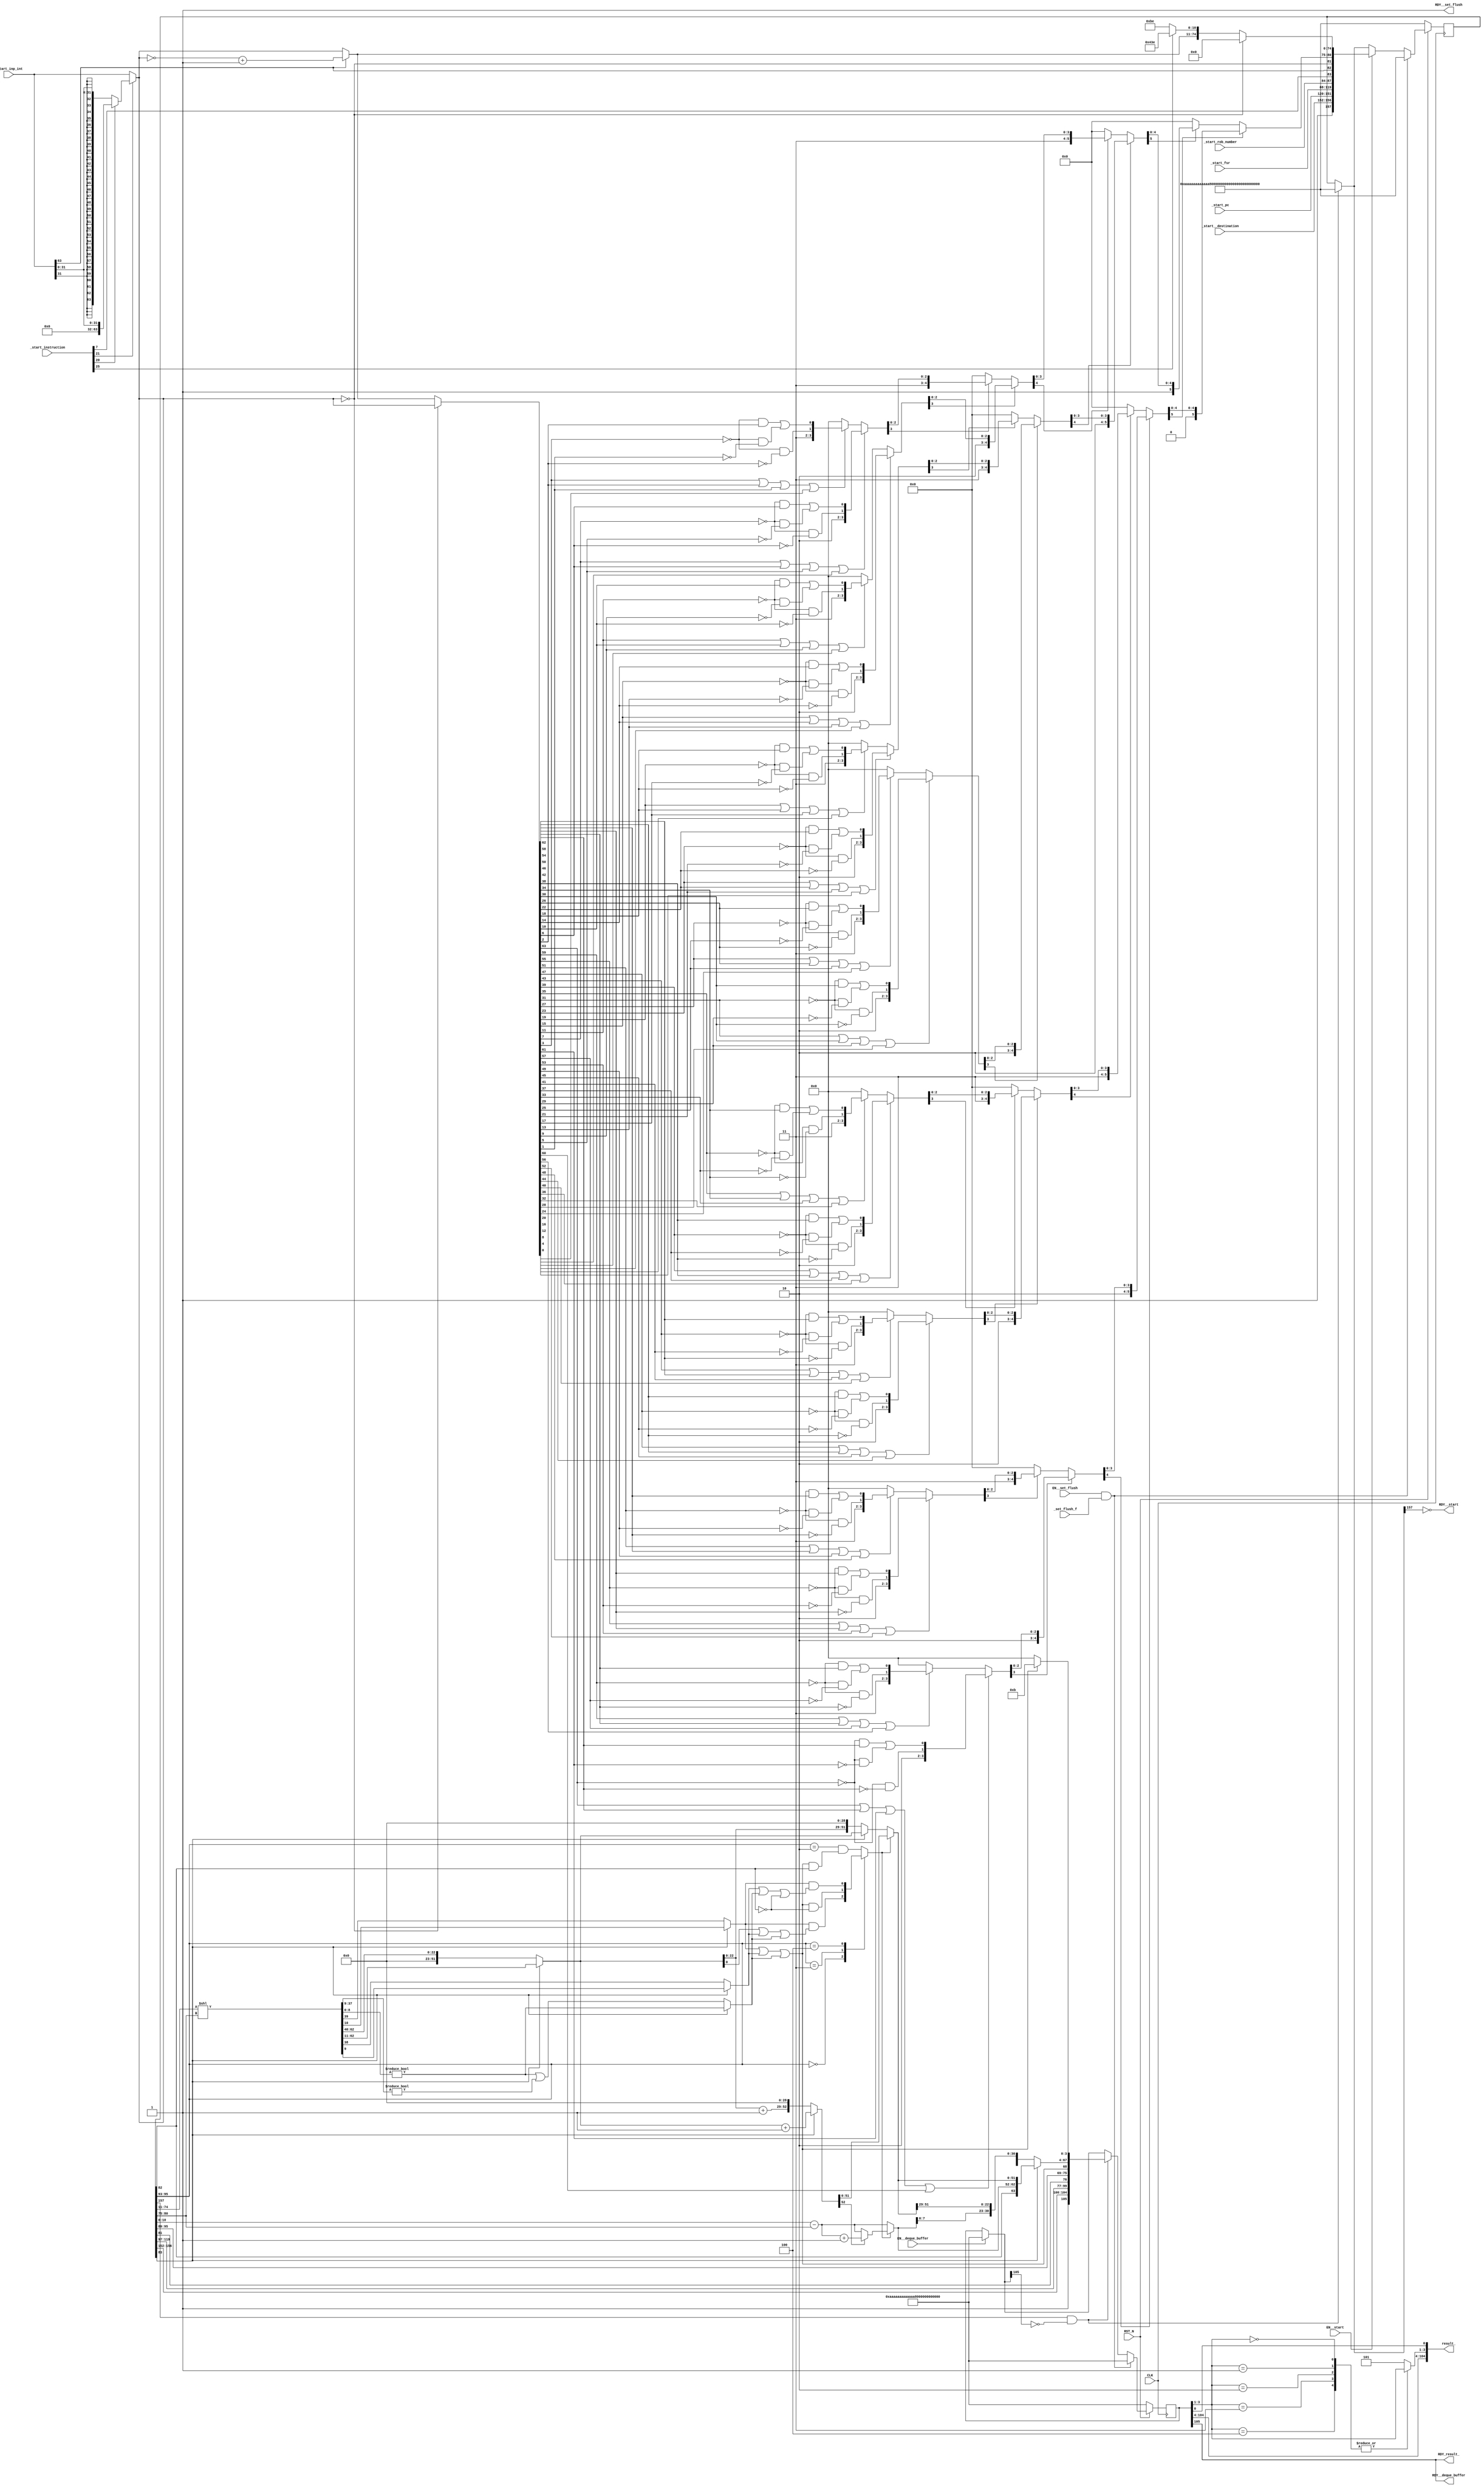
//
// Generated by Bluespec Compiler, version 2014.07.A (build 34078, 2014-07-30)
//
// On Fri Jan 22 01:17:33 IST 2016
//
//
// Ports:
// Name                         I/O  size props
// RDY__start                     O     1
// result_                        O   105
// RDY_result_                    O     1
// RDY__deque_buffer              O     1
// RDY__set_flush                 O     1 const
// CLK                            I     1 clock
// RST_N                          I     1 reset
// _start_inp_int                 I    64
// _start_instruction             I    32
// _start__destination            I     5
// _start_fsr                     I    32
// _start_rob_number              I     4
// _start_pc                      I    32
// _set_flush_f                   I     1
// EN__start                      I     1
// EN__deque_buffer               I     1
// EN__set_flush                  I     1
//
// Combinational paths from inputs to outputs:
//   EN__deque_buffer -> RDY__start
//
//

`ifdef BSV_ASSIGNMENT_DELAY
`else
  `define BSV_ASSIGNMENT_DELAY
`endif

`ifdef BSV_POSITIVE_RESET
  `define BSV_RESET_VALUE 1'b1
  `define BSV_RESET_EDGE posedge
`else
  `define BSV_RESET_VALUE 1'b0
  `define BSV_RESET_EDGE negedge
`endif

module mkfpu_int_to_fp(CLK,
		       RST_N,

		       _start_inp_int,
		       _start_instruction,
		       _start__destination,
		       _start_fsr,
		       _start_rob_number,
		       _start_pc,
		       EN__start,
		       RDY__start,

		       result_,
		       RDY_result_,

		       EN__deque_buffer,
		       RDY__deque_buffer,

		       _set_flush_f,
		       EN__set_flush,
		       RDY__set_flush);
  input  CLK;
  input  RST_N;

  // action method _start
  input  [63 : 0] _start_inp_int;
  input  [31 : 0] _start_instruction;
  input  [4 : 0] _start__destination;
  input  [31 : 0] _start_fsr;
  input  [3 : 0] _start_rob_number;
  input  [31 : 0] _start_pc;
  input  EN__start;
  output RDY__start;

  // value method result_
  output [104 : 0] result_;
  output RDY_result_;

  // action method _deque_buffer
  input  EN__deque_buffer;
  output RDY__deque_buffer;

  // action method _set_flush
  input  _set_flush_f;
  input  EN__set_flush;
  output RDY__set_flush;

  // signals for module outputs
  wire [104 : 0] result_;
  wire RDY__deque_buffer, RDY__set_flush, RDY__start, RDY_result_;

  // inlined wires
  wire [157 : 0] ff_input_stage_rv$port1__read,
		 ff_input_stage_rv$port1__write_1,
		 ff_input_stage_rv$port2__read,
		 ff_input_stage_rv$port3__read;
  wire [105 : 0] ff_final_out_rv$port1__read,
		 ff_final_out_rv$port1__write_1,
		 ff_final_out_rv$port2__read,
		 ff_final_out_rv$port3__read;
  wire ff_final_out_rv$EN_port1__write, ff_final_out_rv$EN_port2__write;

  // register ff_final_out_rv
  reg [105 : 0] ff_final_out_rv;
  wire [105 : 0] ff_final_out_rv$D_IN;
  wire ff_final_out_rv$EN;

  // register ff_input_stage_rv
  reg [157 : 0] ff_input_stage_rv;
  wire [157 : 0] ff_input_stage_rv$D_IN;
  wire ff_input_stage_rv$EN;

  // rule scheduling signals
  wire CAN_FIRE_RL_rl_flush_all_fifos,
       CAN_FIRE_RL_rl_last_rule,
       CAN_FIRE__deque_buffer,
       CAN_FIRE__set_flush,
       CAN_FIRE__start,
       WILL_FIRE_RL_rl_flush_all_fifos,
       WILL_FIRE_RL_rl_last_rule,
       WILL_FIRE__deque_buffer,
       WILL_FIRE__set_flush,
       WILL_FIRE__start;

  // remaining internal signals
  reg [2 : 0] CASE_ff_final_out_rv_BITS_3_TO_1_0_ff_final_ou_ETC__q1;
  reg IF_ff_input_stage_rv_port0__read_BITS_95_TO_93_ETC___d61;
  wire [80 : 0] IF_IF_IF_IF_IF_IF_start_instruction_BIT_21_3_T_ETC___d438;
  wire [63 : 0] IF_IF_start_instruction_BIT_21_3_THEN_IF_start_ETC___d104,
		IF_start_instruction_BIT_21_3_THEN_IF_start_in_ETC___d99,
		_theResult_____2_fst__h2384,
		ff_input_stage_rv_port0__read_BITS_74_TO_11_8__ETC___d20,
		lv_integ_num___1__h2002,
		lv_integ_num___1__h2031,
		lv_integ_num__h2387,
		lv_output_result__h1239,
		lv_output_result__h1649,
		v_final_result__h882;
  wire [52 : 0] IF_IF_ff_input_stage_rv_port0__read_BITS_95_TO_ETC___d79,
		_theResult_____3__h1524,
		lv_rounded_mantissa__h1553,
		lv_rounded_mantissa__h1582;
  wire [51 : 0] lv_mantissa__h1027, lv_mantissa__h687;
  wire [31 : 0] lv_fsr__h700, start_inp_int_BITS_31_TO_0__q2;
  wire [10 : 0] _theResult_____2_snd__h2385,
		_theResult_____3_fst__h1525,
		lv_exponent___1__h1586,
		lv_exponent__h682,
		lv_exponent__h696;
  wire [6 : 0] IF_IF_IF_IF_IF_IF_start_instruction_BIT_21_3_T_ETC__q3;
  wire [5 : 0] IF_IF_IF_IF_IF_start_instruction_BIT_21_3_THEN_ETC___d264,
	       IF_IF_IF_IF_IF_start_instruction_BIT_21_3_THEN_ETC___d427;
  wire [4 : 0] IF_IF_IF_IF_start_instruction_BIT_21_3_THEN_IF_ETC___d180,
	       IF_IF_IF_IF_start_instruction_BIT_21_3_THEN_IF_ETC___d259,
	       IF_IF_IF_IF_start_instruction_BIT_21_3_THEN_IF_ETC___d343,
	       IF_IF_IF_IF_start_instruction_BIT_21_3_THEN_IF_ETC___d422;
  wire [3 : 0] IF_IF_IF_start_instruction_BIT_21_3_THEN_IF_st_ETC___d138,
	       IF_IF_IF_start_instruction_BIT_21_3_THEN_IF_st_ETC___d175,
	       IF_IF_IF_start_instruction_BIT_21_3_THEN_IF_st_ETC___d217,
	       IF_IF_IF_start_instruction_BIT_21_3_THEN_IF_st_ETC___d254,
	       IF_IF_IF_start_instruction_BIT_21_3_THEN_IF_st_ETC___d301,
	       IF_IF_IF_start_instruction_BIT_21_3_THEN_IF_st_ETC___d338,
	       IF_IF_IF_start_instruction_BIT_21_3_THEN_IF_st_ETC___d380,
	       IF_IF_IF_start_instruction_BIT_21_3_THEN_IF_st_ETC___d417;
  wire [1 : 0] p0_l1__h2101,
	       p10_l1__h2121,
	       p11_l1__h2123,
	       p12_l1__h2125,
	       p13_l1__h2127,
	       p14_l1__h2129,
	       p15_l1__h2131,
	       p1_l1__h2103,
	       p2_l1__h2105,
	       p3_l1__h2107,
	       p4_l1__h2109,
	       p5_l1__h2111,
	       p6_l1__h2113,
	       p7_l1__h2115,
	       p8_l1__h2117,
	       p9_l1__h2119;
  wire lv_guard__h689,
       lv_inexact__h699,
       lv_round__h691,
       lv_roundup___1__h1293,
       lv_roundup___1__h1414,
       lv_roundup___1__h1457,
       lv_sticky___1__h1030,
       lv_sticky__h685,
       lv_sticky__h692,
       x__h1013,
       x__h1306,
       x__h1427,
       x__h2331,
       x__h2332,
       x__h2635,
       x__h2638,
       x__h2690,
       x__h2691,
       x__h2961,
       x__h2964,
       x__h3106,
       x__h3107,
       x__h3380,
       x__h3383,
       x__h3435,
       x__h3436,
       x__h3706,
       x__h3709,
       x__h3938,
       x__h3939,
       x__h4212,
       x__h4215,
       x__h4267,
       x__h4268,
       x__h4538,
       x__h4541,
       x__h4683,
       x__h4684,
       x__h4957,
       x__h4960,
       x__h5012,
       x__h5013,
       x__h5283,
       x__h5286,
       x__h5602,
       x__h5603,
       x__h5876,
       x__h5879,
       x__h5931,
       x__h5932,
       x__h6202,
       x__h6205,
       x__h6347,
       x__h6348,
       x__h6621,
       x__h6624,
       x__h6676,
       x__h6677,
       x__h6947,
       x__h6950,
       x__h7179,
       x__h7180,
       x__h7453,
       x__h7456,
       x__h7508,
       x__h7509,
       x__h7779,
       x__h7782,
       x__h7924,
       x__h7925,
       x__h8198,
       x__h8201,
       x__h8253,
       x__h8254,
       x__h8524,
       x__h8527,
       y__h1305,
       y__h1426,
       y__h1428,
       y__h2636,
       y__h2639,
       y__h2642,
       y__h2962,
       y__h2965,
       y__h2968,
       y__h3381,
       y__h3384,
       y__h3387,
       y__h3707,
       y__h3710,
       y__h3713,
       y__h4213,
       y__h4216,
       y__h4219,
       y__h4539,
       y__h4542,
       y__h4545,
       y__h4958,
       y__h4961,
       y__h4964,
       y__h5284,
       y__h5287,
       y__h5290,
       y__h5877,
       y__h5880,
       y__h5883,
       y__h6203,
       y__h6206,
       y__h6209,
       y__h6622,
       y__h6625,
       y__h6628,
       y__h6948,
       y__h6951,
       y__h6954,
       y__h7454,
       y__h7457,
       y__h7460,
       y__h7780,
       y__h7783,
       y__h7786,
       y__h8199,
       y__h8202,
       y__h8205,
       y__h8525,
       y__h8528,
       y__h8531;

  // action method _start
  assign RDY__start = !ff_input_stage_rv$port1__read[157] ;
  assign CAN_FIRE__start = !ff_input_stage_rv$port1__read[157] ;
  assign WILL_FIRE__start = EN__start ;

  // value method result_
  assign result_ =
	     { ff_final_out_rv[104:4],
	       CASE_ff_final_out_rv_BITS_3_TO_1_0_ff_final_ou_ETC__q1,
	       ff_final_out_rv[0] } ;
  assign RDY_result_ = ff_final_out_rv[105] ;

  // action method _deque_buffer
  assign RDY__deque_buffer = ff_final_out_rv[105] ;
  assign CAN_FIRE__deque_buffer = ff_final_out_rv[105] ;
  assign WILL_FIRE__deque_buffer = EN__deque_buffer ;

  // action method _set_flush
  assign RDY__set_flush = 1'd1 ;
  assign CAN_FIRE__set_flush = 1'd1 ;
  assign WILL_FIRE__set_flush = EN__set_flush ;

  // rule RL_rl_last_rule
  assign CAN_FIRE_RL_rl_last_rule =
	     ff_input_stage_rv[157] && !ff_final_out_rv$port1__read[105] ;
  assign WILL_FIRE_RL_rl_last_rule = CAN_FIRE_RL_rl_last_rule ;

  // rule RL_rl_flush_all_fifos
  assign CAN_FIRE_RL_rl_flush_all_fifos = EN__set_flush && _set_flush_f ;
  assign WILL_FIRE_RL_rl_flush_all_fifos = CAN_FIRE_RL_rl_flush_all_fifos ;

  // inlined wires
  assign ff_final_out_rv$port1__read =
	     EN__deque_buffer ?
	       106'h0AAAAAAAAAAAAAAAAAAAAAAAAAA :
	       ff_final_out_rv ;
  assign ff_final_out_rv$EN_port1__write =
	     ff_input_stage_rv[157] && !ff_final_out_rv$port1__read[105] ;
  assign ff_final_out_rv$port1__write_1 =
	     { 1'd1,
	       ff_input_stage_rv[156:152],
	       lv_fsr__h700,
	       v_final_result__h882,
	       lv_inexact__h699 ? 4'd11 : 4'd0 } ;
  assign ff_final_out_rv$port2__read =
	     ff_final_out_rv$EN_port1__write ?
	       ff_final_out_rv$port1__write_1 :
	       ff_final_out_rv$port1__read ;
  assign ff_final_out_rv$EN_port2__write = EN__set_flush && _set_flush_f ;
  assign ff_final_out_rv$port3__read =
	     ff_final_out_rv$EN_port2__write ?
	       106'h0AAAAAAAAAAAAAAAAAAAAAAAAAA :
	       ff_final_out_rv$port2__read ;
  assign ff_input_stage_rv$port1__read =
	     CAN_FIRE_RL_rl_last_rule ?
	       158'h0AAAAAAAAAAAAAAAAAAAAAAAAAAAAAAAAAAAAAAA :
	       ff_input_stage_rv ;
  assign ff_input_stage_rv$port1__write_1 =
	     { 1'd1,
	       _start__destination,
	       _start_pc,
	       _start_fsr,
	       _start_rob_number,
	       _start_instruction[7],
	       _start_inp_int[63],
	       IF_start_instruction_BIT_21_3_THEN_IF_start_in_ETC___d99 ==
	       64'd0,
	       IF_IF_IF_IF_IF_IF_start_instruction_BIT_21_3_T_ETC___d438 } ;
  assign ff_input_stage_rv$port2__read =
	     EN__start ?
	       ff_input_stage_rv$port1__write_1 :
	       ff_input_stage_rv$port1__read ;
  assign ff_input_stage_rv$port3__read =
	     CAN_FIRE_RL_rl_flush_all_fifos ?
	       158'h0AAAAAAAAAAAAAAAAAAAAAAAAAAAAAAAAAAAAAAA :
	       ff_input_stage_rv$port2__read ;

  // register ff_final_out_rv
  assign ff_final_out_rv$D_IN = ff_final_out_rv$port3__read ;
  assign ff_final_out_rv$EN = 1'b1 ;

  // register ff_input_stage_rv
  assign ff_input_stage_rv$D_IN = ff_input_stage_rv$port3__read ;
  assign ff_input_stage_rv$EN = 1'b1 ;

  // remaining internal signals
  assign IF_IF_IF_IF_IF_IF_start_instruction_BIT_21_3_T_ETC___d438 =
	     { IF_IF_IF_IF_IF_IF_start_instruction_BIT_21_3_T_ETC__q3[5:0],
	       (IF_start_instruction_BIT_21_3_THEN_IF_start_in_ETC___d99 ==
		64'd0) ?
		 75'd0 :
		 { _theResult_____2_fst__h2384,
		   _theResult_____2_snd__h2385 } } ;
  assign IF_IF_IF_IF_IF_IF_start_instruction_BIT_21_3_T_ETC__q3 =
	     IF_IF_IF_IF_IF_start_instruction_BIT_21_3_THEN_ETC___d264[5] ?
	       { 2'd2,
		 IF_IF_IF_IF_IF_start_instruction_BIT_21_3_THEN_ETC___d264[4:0] } :
	       (IF_IF_IF_IF_IF_start_instruction_BIT_21_3_THEN_ETC___d427[5] ?
		  { 2'd3,
		    IF_IF_IF_IF_IF_start_instruction_BIT_21_3_THEN_ETC___d427[4:0] } :
		  7'd0) ;
  assign IF_IF_IF_IF_IF_start_instruction_BIT_21_3_THEN_ETC___d264 =
	     IF_IF_IF_IF_start_instruction_BIT_21_3_THEN_IF_ETC___d180[4] ?
	       { 2'd2,
		 IF_IF_IF_IF_start_instruction_BIT_21_3_THEN_IF_ETC___d180[3:0] } :
	       (IF_IF_IF_IF_start_instruction_BIT_21_3_THEN_IF_ETC___d259[4] ?
		  { 2'd3,
		    IF_IF_IF_IF_start_instruction_BIT_21_3_THEN_IF_ETC___d259[3:0] } :
		  6'd0) ;
  assign IF_IF_IF_IF_IF_start_instruction_BIT_21_3_THEN_ETC___d427 =
	     IF_IF_IF_IF_start_instruction_BIT_21_3_THEN_IF_ETC___d343[4] ?
	       { 2'd2,
		 IF_IF_IF_IF_start_instruction_BIT_21_3_THEN_IF_ETC___d343[3:0] } :
	       (IF_IF_IF_IF_start_instruction_BIT_21_3_THEN_IF_ETC___d422[4] ?
		  { 2'd3,
		    IF_IF_IF_IF_start_instruction_BIT_21_3_THEN_IF_ETC___d422[3:0] } :
		  6'd0) ;
  assign IF_IF_IF_IF_start_instruction_BIT_21_3_THEN_IF_ETC___d180 =
	     IF_IF_IF_start_instruction_BIT_21_3_THEN_IF_st_ETC___d138[3] ?
	       { 2'd2,
		 IF_IF_IF_start_instruction_BIT_21_3_THEN_IF_st_ETC___d138[2:0] } :
	       (IF_IF_IF_start_instruction_BIT_21_3_THEN_IF_st_ETC___d175[3] ?
		  { 2'd3,
		    IF_IF_IF_start_instruction_BIT_21_3_THEN_IF_st_ETC___d175[2:0] } :
		  5'd0) ;
  assign IF_IF_IF_IF_start_instruction_BIT_21_3_THEN_IF_ETC___d259 =
	     IF_IF_IF_start_instruction_BIT_21_3_THEN_IF_st_ETC___d217[3] ?
	       { 2'd2,
		 IF_IF_IF_start_instruction_BIT_21_3_THEN_IF_st_ETC___d217[2:0] } :
	       (IF_IF_IF_start_instruction_BIT_21_3_THEN_IF_st_ETC___d254[3] ?
		  { 2'd3,
		    IF_IF_IF_start_instruction_BIT_21_3_THEN_IF_st_ETC___d254[2:0] } :
		  5'd0) ;
  assign IF_IF_IF_IF_start_instruction_BIT_21_3_THEN_IF_ETC___d343 =
	     IF_IF_IF_start_instruction_BIT_21_3_THEN_IF_st_ETC___d301[3] ?
	       { 2'd2,
		 IF_IF_IF_start_instruction_BIT_21_3_THEN_IF_st_ETC___d301[2:0] } :
	       (IF_IF_IF_start_instruction_BIT_21_3_THEN_IF_st_ETC___d338[3] ?
		  { 2'd3,
		    IF_IF_IF_start_instruction_BIT_21_3_THEN_IF_st_ETC___d338[2:0] } :
		  5'd0) ;
  assign IF_IF_IF_IF_start_instruction_BIT_21_3_THEN_IF_ETC___d422 =
	     IF_IF_IF_start_instruction_BIT_21_3_THEN_IF_st_ETC___d380[3] ?
	       { 2'd2,
		 IF_IF_IF_start_instruction_BIT_21_3_THEN_IF_st_ETC___d380[2:0] } :
	       (IF_IF_IF_start_instruction_BIT_21_3_THEN_IF_st_ETC___d417[3] ?
		  { 2'd3,
		    IF_IF_IF_start_instruction_BIT_21_3_THEN_IF_st_ETC___d417[2:0] } :
		  5'd0) ;
  assign IF_IF_IF_start_instruction_BIT_21_3_THEN_IF_st_ETC___d138 =
	     (x__h2331 |
	      IF_IF_start_instruction_BIT_21_3_THEN_IF_start_ETC___d104[60]) ?
	       { 2'd2, p0_l1__h2101 } :
	       ((x__h2690 |
		 IF_IF_start_instruction_BIT_21_3_THEN_IF_start_ETC___d104[56]) ?
		  { 2'd3, p1_l1__h2103 } :
		  4'd0) ;
  assign IF_IF_IF_start_instruction_BIT_21_3_THEN_IF_st_ETC___d175 =
	     (x__h3106 |
	      IF_IF_start_instruction_BIT_21_3_THEN_IF_start_ETC___d104[52]) ?
	       { 2'd2, p2_l1__h2105 } :
	       ((x__h3435 |
		 IF_IF_start_instruction_BIT_21_3_THEN_IF_start_ETC___d104[48]) ?
		  { 2'd3, p3_l1__h2107 } :
		  4'd0) ;
  assign IF_IF_IF_start_instruction_BIT_21_3_THEN_IF_st_ETC___d217 =
	     (x__h3938 |
	      IF_IF_start_instruction_BIT_21_3_THEN_IF_start_ETC___d104[44]) ?
	       { 2'd2, p4_l1__h2109 } :
	       ((x__h4267 |
		 IF_IF_start_instruction_BIT_21_3_THEN_IF_start_ETC___d104[40]) ?
		  { 2'd3, p5_l1__h2111 } :
		  4'd0) ;
  assign IF_IF_IF_start_instruction_BIT_21_3_THEN_IF_st_ETC___d254 =
	     (x__h4683 |
	      IF_IF_start_instruction_BIT_21_3_THEN_IF_start_ETC___d104[36]) ?
	       { 2'd2, p6_l1__h2113 } :
	       ((x__h5012 |
		 IF_IF_start_instruction_BIT_21_3_THEN_IF_start_ETC___d104[32]) ?
		  { 2'd3, p7_l1__h2115 } :
		  4'd0) ;
  assign IF_IF_IF_start_instruction_BIT_21_3_THEN_IF_st_ETC___d301 =
	     (x__h5602 |
	      IF_IF_start_instruction_BIT_21_3_THEN_IF_start_ETC___d104[28]) ?
	       { 2'd2, p8_l1__h2117 } :
	       ((x__h5931 |
		 IF_IF_start_instruction_BIT_21_3_THEN_IF_start_ETC___d104[24]) ?
		  { 2'd3, p9_l1__h2119 } :
		  4'd0) ;
  assign IF_IF_IF_start_instruction_BIT_21_3_THEN_IF_st_ETC___d338 =
	     (x__h6347 |
	      IF_IF_start_instruction_BIT_21_3_THEN_IF_start_ETC___d104[20]) ?
	       { 2'd2, p10_l1__h2121 } :
	       ((x__h6676 |
		 IF_IF_start_instruction_BIT_21_3_THEN_IF_start_ETC___d104[16]) ?
		  { 2'd3, p11_l1__h2123 } :
		  4'd0) ;
  assign IF_IF_IF_start_instruction_BIT_21_3_THEN_IF_st_ETC___d380 =
	     (x__h7179 |
	      IF_IF_start_instruction_BIT_21_3_THEN_IF_start_ETC___d104[12]) ?
	       { 2'd2, p12_l1__h2125 } :
	       ((x__h7508 |
		 IF_IF_start_instruction_BIT_21_3_THEN_IF_start_ETC___d104[8]) ?
		  { 2'd3, p13_l1__h2127 } :
		  4'd0) ;
  assign IF_IF_IF_start_instruction_BIT_21_3_THEN_IF_st_ETC___d417 =
	     (x__h7924 |
	      IF_IF_start_instruction_BIT_21_3_THEN_IF_start_ETC___d104[4]) ?
	       { 2'd2, p14_l1__h2129 } :
	       ((x__h8253 |
		 IF_IF_start_instruction_BIT_21_3_THEN_IF_start_ETC___d104[0]) ?
		  { 2'd3, p15_l1__h2131 } :
		  4'd0) ;
  assign IF_IF_ff_input_stage_rv_port0__read_BITS_95_TO_ETC___d79 =
	     IF_ff_input_stage_rv_port0__read_BITS_95_TO_93_ETC___d61 ?
	       _theResult_____3__h1524 :
	       { 1'b0,
		 ff_input_stage_rv[83] ?
		   lv_mantissa__h687 :
		   { lv_mantissa__h687[22:0], 29'd0 } } ;
  assign IF_IF_start_instruction_BIT_21_3_THEN_IF_start_ETC___d104 =
	     (IF_start_instruction_BIT_21_3_THEN_IF_start_in_ETC___d99 ==
	      64'd0) ?
	       IF_start_instruction_BIT_21_3_THEN_IF_start_in_ETC___d99 :
	       _theResult_____2_fst__h2384 ;
  assign IF_start_instruction_BIT_21_3_THEN_IF_start_in_ETC___d99 =
	     _start_instruction[21] ?
	       (_start_instruction[20] ?
		  lv_integ_num___1__h2031 :
		  lv_integ_num___1__h2002) :
	       _start_inp_int ;
  assign _theResult_____2_fst__h2384 =
	     _start_inp_int[63] ?
	       lv_integ_num__h2387 :
	       IF_start_instruction_BIT_21_3_THEN_IF_start_in_ETC___d99 ;
  assign _theResult_____2_snd__h2385 =
	     _start_instruction[25] ? 11'd1086 : 11'd190 ;
  assign _theResult_____3__h1524 =
	     ff_input_stage_rv[83] ?
	       lv_rounded_mantissa__h1582 :
	       lv_rounded_mantissa__h1553 ;
  assign _theResult_____3_fst__h1525 =
	     _theResult_____3__h1524[52] ?
	       lv_exponent___1__h1586 :
	       lv_exponent__h682 ;
  assign ff_input_stage_rv_port0__read_BITS_74_TO_11_8__ETC___d20 =
	     ff_input_stage_rv[74:11] << ff_input_stage_rv[80:75] ;
  assign lv_exponent___1__h1586 = lv_exponent__h682 + 11'd1 ;
  assign lv_exponent__h682 =
	     ff_input_stage_rv[10:0] - { 5'b0, ff_input_stage_rv[80:75] } ;
  assign lv_exponent__h696 =
	     IF_ff_input_stage_rv_port0__read_BITS_95_TO_93_ETC___d61 ?
	       _theResult_____3_fst__h1525 :
	       lv_exponent__h682 ;
  assign lv_fsr__h700 =
	     { ff_input_stage_rv[119:97],
	       ff_input_stage_rv[81],
	       ff_input_stage_rv[95:89],
	       lv_inexact__h699 } ;
  assign lv_guard__h689 =
	     ff_input_stage_rv[83] ?
	       ff_input_stage_rv_port0__read_BITS_74_TO_11_8__ETC___d20[10] :
	       ff_input_stage_rv_port0__read_BITS_74_TO_11_8__ETC___d20[39] ;
  assign lv_inexact__h699 = x__h1013 | lv_sticky__h692 ;
  assign lv_integ_num___1__h2002 =
	     { {32{start_inp_int_BITS_31_TO_0__q2[31]}},
	       start_inp_int_BITS_31_TO_0__q2 } ;
  assign lv_integ_num___1__h2031 = { 32'd0, _start_inp_int[31:0] } ;
  assign lv_integ_num__h2387 =
	     ~IF_start_instruction_BIT_21_3_THEN_IF_start_in_ETC___d99 +
	     64'd1 ;
  assign lv_mantissa__h1027 =
	     { 29'b0,
	       ff_input_stage_rv_port0__read_BITS_74_TO_11_8__ETC___d20[62:40] } ;
  assign lv_mantissa__h687 =
	     ff_input_stage_rv[83] ?
	       ff_input_stage_rv_port0__read_BITS_74_TO_11_8__ETC___d20[62:11] :
	       lv_mantissa__h1027 ;
  assign lv_output_result__h1239 =
	     { 32'd0,
	       ff_input_stage_rv[82],
	       lv_exponent__h696[7:0],
	       IF_IF_ff_input_stage_rv_port0__read_BITS_95_TO_ETC___d79[51:29] } ;
  assign lv_output_result__h1649 =
	     { ff_input_stage_rv[82],
	       lv_exponent__h696,
	       IF_IF_ff_input_stage_rv_port0__read_BITS_95_TO_ETC___d79[51:0] } ;
  assign lv_round__h691 =
	     ff_input_stage_rv[83] ?
	       ff_input_stage_rv_port0__read_BITS_74_TO_11_8__ETC___d20[9] :
	       ff_input_stage_rv_port0__read_BITS_74_TO_11_8__ETC___d20[38] ;
  assign lv_rounded_mantissa__h1553 =
	     { { 1'b0, lv_mantissa__h687[22:0] } + 24'd1, 29'd0 } ;
  assign lv_rounded_mantissa__h1582 = { 1'b0, lv_mantissa__h687 } + 53'd1 ;
  assign lv_roundup___1__h1293 = lv_guard__h689 & y__h1305 ;
  assign lv_roundup___1__h1414 = lv_guard__h689 & y__h1426 ;
  assign lv_roundup___1__h1457 = lv_inexact__h699 & y__h1428 ;
  assign lv_sticky___1__h1030 =
	     lv_sticky__h685 |
	     ff_input_stage_rv_port0__read_BITS_74_TO_11_8__ETC___d20[37:9] !=
	     29'd0 ;
  assign lv_sticky__h685 =
	     ff_input_stage_rv_port0__read_BITS_74_TO_11_8__ETC___d20[8:0] !=
	     9'd0 ;
  assign lv_sticky__h692 =
	     ff_input_stage_rv[83] ? lv_sticky__h685 : lv_sticky___1__h1030 ;
  assign p0_l1__h2101 = { x__h2635 & y__h2636, x__h2638 | y__h2639 } ;
  assign p10_l1__h2121 = { x__h6621 & y__h6622, x__h6624 | y__h6625 } ;
  assign p11_l1__h2123 = { x__h6947 & y__h6948, x__h6950 | y__h6951 } ;
  assign p12_l1__h2125 = { x__h7453 & y__h7454, x__h7456 | y__h7457 } ;
  assign p13_l1__h2127 = { x__h7779 & y__h7780, x__h7782 | y__h7783 } ;
  assign p14_l1__h2129 = { x__h8198 & y__h8199, x__h8201 | y__h8202 } ;
  assign p15_l1__h2131 = { x__h8524 & y__h8525, x__h8527 | y__h8528 } ;
  assign p1_l1__h2103 = { x__h2961 & y__h2962, x__h2964 | y__h2965 } ;
  assign p2_l1__h2105 = { x__h3380 & y__h3381, x__h3383 | y__h3384 } ;
  assign p3_l1__h2107 = { x__h3706 & y__h3707, x__h3709 | y__h3710 } ;
  assign p4_l1__h2109 = { x__h4212 & y__h4213, x__h4215 | y__h4216 } ;
  assign p5_l1__h2111 = { x__h4538 & y__h4539, x__h4541 | y__h4542 } ;
  assign p6_l1__h2113 = { x__h4957 & y__h4958, x__h4960 | y__h4961 } ;
  assign p7_l1__h2115 = { x__h5283 & y__h5284, x__h5286 | y__h5287 } ;
  assign p8_l1__h2117 = { x__h5876 & y__h5877, x__h5879 | y__h5880 } ;
  assign p9_l1__h2119 = { x__h6202 & y__h6203, x__h6205 | y__h6206 } ;
  assign start_inp_int_BITS_31_TO_0__q2 = _start_inp_int[31:0] ;
  assign v_final_result__h882 =
	     ff_input_stage_rv[83] ?
	       lv_output_result__h1649 :
	       lv_output_result__h1239 ;
  assign x__h1013 = lv_guard__h689 | lv_round__h691 ;
  assign x__h1306 = lv_mantissa__h687[0] | lv_round__h691 ;
  assign x__h1427 = lv_round__h691 | lv_sticky__h692 ;
  assign x__h2331 =
	     x__h2332 |
	     IF_IF_start_instruction_BIT_21_3_THEN_IF_start_ETC___d104[61] ;
  assign x__h2332 =
	     IF_IF_start_instruction_BIT_21_3_THEN_IF_start_ETC___d104[63] |
	     IF_IF_start_instruction_BIT_21_3_THEN_IF_start_ETC___d104[62] ;
  assign x__h2635 =
	     ~IF_IF_start_instruction_BIT_21_3_THEN_IF_start_ETC___d104[63] ;
  assign x__h2638 =
	     x__h2635 &
	     IF_IF_start_instruction_BIT_21_3_THEN_IF_start_ETC___d104[62] ;
  assign x__h2690 =
	     x__h2691 |
	     IF_IF_start_instruction_BIT_21_3_THEN_IF_start_ETC___d104[57] ;
  assign x__h2691 =
	     IF_IF_start_instruction_BIT_21_3_THEN_IF_start_ETC___d104[59] |
	     IF_IF_start_instruction_BIT_21_3_THEN_IF_start_ETC___d104[58] ;
  assign x__h2961 =
	     ~IF_IF_start_instruction_BIT_21_3_THEN_IF_start_ETC___d104[59] ;
  assign x__h2964 =
	     x__h2961 &
	     IF_IF_start_instruction_BIT_21_3_THEN_IF_start_ETC___d104[58] ;
  assign x__h3106 =
	     x__h3107 |
	     IF_IF_start_instruction_BIT_21_3_THEN_IF_start_ETC___d104[53] ;
  assign x__h3107 =
	     IF_IF_start_instruction_BIT_21_3_THEN_IF_start_ETC___d104[55] |
	     IF_IF_start_instruction_BIT_21_3_THEN_IF_start_ETC___d104[54] ;
  assign x__h3380 =
	     ~IF_IF_start_instruction_BIT_21_3_THEN_IF_start_ETC___d104[55] ;
  assign x__h3383 =
	     x__h3380 &
	     IF_IF_start_instruction_BIT_21_3_THEN_IF_start_ETC___d104[54] ;
  assign x__h3435 =
	     x__h3436 |
	     IF_IF_start_instruction_BIT_21_3_THEN_IF_start_ETC___d104[49] ;
  assign x__h3436 =
	     IF_IF_start_instruction_BIT_21_3_THEN_IF_start_ETC___d104[51] |
	     IF_IF_start_instruction_BIT_21_3_THEN_IF_start_ETC___d104[50] ;
  assign x__h3706 =
	     ~IF_IF_start_instruction_BIT_21_3_THEN_IF_start_ETC___d104[51] ;
  assign x__h3709 =
	     x__h3706 &
	     IF_IF_start_instruction_BIT_21_3_THEN_IF_start_ETC___d104[50] ;
  assign x__h3938 =
	     x__h3939 |
	     IF_IF_start_instruction_BIT_21_3_THEN_IF_start_ETC___d104[45] ;
  assign x__h3939 =
	     IF_IF_start_instruction_BIT_21_3_THEN_IF_start_ETC___d104[47] |
	     IF_IF_start_instruction_BIT_21_3_THEN_IF_start_ETC___d104[46] ;
  assign x__h4212 =
	     ~IF_IF_start_instruction_BIT_21_3_THEN_IF_start_ETC___d104[47] ;
  assign x__h4215 =
	     x__h4212 &
	     IF_IF_start_instruction_BIT_21_3_THEN_IF_start_ETC___d104[46] ;
  assign x__h4267 =
	     x__h4268 |
	     IF_IF_start_instruction_BIT_21_3_THEN_IF_start_ETC___d104[41] ;
  assign x__h4268 =
	     IF_IF_start_instruction_BIT_21_3_THEN_IF_start_ETC___d104[43] |
	     IF_IF_start_instruction_BIT_21_3_THEN_IF_start_ETC___d104[42] ;
  assign x__h4538 =
	     ~IF_IF_start_instruction_BIT_21_3_THEN_IF_start_ETC___d104[43] ;
  assign x__h4541 =
	     x__h4538 &
	     IF_IF_start_instruction_BIT_21_3_THEN_IF_start_ETC___d104[42] ;
  assign x__h4683 =
	     x__h4684 |
	     IF_IF_start_instruction_BIT_21_3_THEN_IF_start_ETC___d104[37] ;
  assign x__h4684 =
	     IF_IF_start_instruction_BIT_21_3_THEN_IF_start_ETC___d104[39] |
	     IF_IF_start_instruction_BIT_21_3_THEN_IF_start_ETC___d104[38] ;
  assign x__h4957 =
	     ~IF_IF_start_instruction_BIT_21_3_THEN_IF_start_ETC___d104[39] ;
  assign x__h4960 =
	     x__h4957 &
	     IF_IF_start_instruction_BIT_21_3_THEN_IF_start_ETC___d104[38] ;
  assign x__h5012 =
	     x__h5013 |
	     IF_IF_start_instruction_BIT_21_3_THEN_IF_start_ETC___d104[33] ;
  assign x__h5013 =
	     IF_IF_start_instruction_BIT_21_3_THEN_IF_start_ETC___d104[35] |
	     IF_IF_start_instruction_BIT_21_3_THEN_IF_start_ETC___d104[34] ;
  assign x__h5283 =
	     ~IF_IF_start_instruction_BIT_21_3_THEN_IF_start_ETC___d104[35] ;
  assign x__h5286 =
	     x__h5283 &
	     IF_IF_start_instruction_BIT_21_3_THEN_IF_start_ETC___d104[34] ;
  assign x__h5602 =
	     x__h5603 |
	     IF_IF_start_instruction_BIT_21_3_THEN_IF_start_ETC___d104[29] ;
  assign x__h5603 =
	     IF_IF_start_instruction_BIT_21_3_THEN_IF_start_ETC___d104[31] |
	     IF_IF_start_instruction_BIT_21_3_THEN_IF_start_ETC___d104[30] ;
  assign x__h5876 =
	     ~IF_IF_start_instruction_BIT_21_3_THEN_IF_start_ETC___d104[31] ;
  assign x__h5879 =
	     x__h5876 &
	     IF_IF_start_instruction_BIT_21_3_THEN_IF_start_ETC___d104[30] ;
  assign x__h5931 =
	     x__h5932 |
	     IF_IF_start_instruction_BIT_21_3_THEN_IF_start_ETC___d104[25] ;
  assign x__h5932 =
	     IF_IF_start_instruction_BIT_21_3_THEN_IF_start_ETC___d104[27] |
	     IF_IF_start_instruction_BIT_21_3_THEN_IF_start_ETC___d104[26] ;
  assign x__h6202 =
	     ~IF_IF_start_instruction_BIT_21_3_THEN_IF_start_ETC___d104[27] ;
  assign x__h6205 =
	     x__h6202 &
	     IF_IF_start_instruction_BIT_21_3_THEN_IF_start_ETC___d104[26] ;
  assign x__h6347 =
	     x__h6348 |
	     IF_IF_start_instruction_BIT_21_3_THEN_IF_start_ETC___d104[21] ;
  assign x__h6348 =
	     IF_IF_start_instruction_BIT_21_3_THEN_IF_start_ETC___d104[23] |
	     IF_IF_start_instruction_BIT_21_3_THEN_IF_start_ETC___d104[22] ;
  assign x__h6621 =
	     ~IF_IF_start_instruction_BIT_21_3_THEN_IF_start_ETC___d104[23] ;
  assign x__h6624 =
	     x__h6621 &
	     IF_IF_start_instruction_BIT_21_3_THEN_IF_start_ETC___d104[22] ;
  assign x__h6676 =
	     x__h6677 |
	     IF_IF_start_instruction_BIT_21_3_THEN_IF_start_ETC___d104[17] ;
  assign x__h6677 =
	     IF_IF_start_instruction_BIT_21_3_THEN_IF_start_ETC___d104[19] |
	     IF_IF_start_instruction_BIT_21_3_THEN_IF_start_ETC___d104[18] ;
  assign x__h6947 =
	     ~IF_IF_start_instruction_BIT_21_3_THEN_IF_start_ETC___d104[19] ;
  assign x__h6950 =
	     x__h6947 &
	     IF_IF_start_instruction_BIT_21_3_THEN_IF_start_ETC___d104[18] ;
  assign x__h7179 =
	     x__h7180 |
	     IF_IF_start_instruction_BIT_21_3_THEN_IF_start_ETC___d104[13] ;
  assign x__h7180 =
	     IF_IF_start_instruction_BIT_21_3_THEN_IF_start_ETC___d104[15] |
	     IF_IF_start_instruction_BIT_21_3_THEN_IF_start_ETC___d104[14] ;
  assign x__h7453 =
	     ~IF_IF_start_instruction_BIT_21_3_THEN_IF_start_ETC___d104[15] ;
  assign x__h7456 =
	     x__h7453 &
	     IF_IF_start_instruction_BIT_21_3_THEN_IF_start_ETC___d104[14] ;
  assign x__h7508 =
	     x__h7509 |
	     IF_IF_start_instruction_BIT_21_3_THEN_IF_start_ETC___d104[9] ;
  assign x__h7509 =
	     IF_IF_start_instruction_BIT_21_3_THEN_IF_start_ETC___d104[11] |
	     IF_IF_start_instruction_BIT_21_3_THEN_IF_start_ETC___d104[10] ;
  assign x__h7779 =
	     ~IF_IF_start_instruction_BIT_21_3_THEN_IF_start_ETC___d104[11] ;
  assign x__h7782 =
	     x__h7779 &
	     IF_IF_start_instruction_BIT_21_3_THEN_IF_start_ETC___d104[10] ;
  assign x__h7924 =
	     x__h7925 |
	     IF_IF_start_instruction_BIT_21_3_THEN_IF_start_ETC___d104[5] ;
  assign x__h7925 =
	     IF_IF_start_instruction_BIT_21_3_THEN_IF_start_ETC___d104[7] |
	     IF_IF_start_instruction_BIT_21_3_THEN_IF_start_ETC___d104[6] ;
  assign x__h8198 =
	     ~IF_IF_start_instruction_BIT_21_3_THEN_IF_start_ETC___d104[7] ;
  assign x__h8201 =
	     x__h8198 &
	     IF_IF_start_instruction_BIT_21_3_THEN_IF_start_ETC___d104[6] ;
  assign x__h8253 =
	     x__h8254 |
	     IF_IF_start_instruction_BIT_21_3_THEN_IF_start_ETC___d104[1] ;
  assign x__h8254 =
	     IF_IF_start_instruction_BIT_21_3_THEN_IF_start_ETC___d104[3] |
	     IF_IF_start_instruction_BIT_21_3_THEN_IF_start_ETC___d104[2] ;
  assign x__h8524 =
	     ~IF_IF_start_instruction_BIT_21_3_THEN_IF_start_ETC___d104[3] ;
  assign x__h8527 =
	     x__h8524 &
	     IF_IF_start_instruction_BIT_21_3_THEN_IF_start_ETC___d104[2] ;
  assign y__h1305 = x__h1306 | lv_sticky__h692 ;
  assign y__h1426 = x__h1427 | y__h1428 ;
  assign y__h1428 = ~ff_input_stage_rv[82] ;
  assign y__h2636 =
	     ~IF_IF_start_instruction_BIT_21_3_THEN_IF_start_ETC___d104[62] ;
  assign y__h2639 = x__h2635 & y__h2642 ;
  assign y__h2642 =
	     ~IF_IF_start_instruction_BIT_21_3_THEN_IF_start_ETC___d104[61] ;
  assign y__h2962 =
	     ~IF_IF_start_instruction_BIT_21_3_THEN_IF_start_ETC___d104[58] ;
  assign y__h2965 = x__h2961 & y__h2968 ;
  assign y__h2968 =
	     ~IF_IF_start_instruction_BIT_21_3_THEN_IF_start_ETC___d104[57] ;
  assign y__h3381 =
	     ~IF_IF_start_instruction_BIT_21_3_THEN_IF_start_ETC___d104[54] ;
  assign y__h3384 = x__h3380 & y__h3387 ;
  assign y__h3387 =
	     ~IF_IF_start_instruction_BIT_21_3_THEN_IF_start_ETC___d104[53] ;
  assign y__h3707 =
	     ~IF_IF_start_instruction_BIT_21_3_THEN_IF_start_ETC___d104[50] ;
  assign y__h3710 = x__h3706 & y__h3713 ;
  assign y__h3713 =
	     ~IF_IF_start_instruction_BIT_21_3_THEN_IF_start_ETC___d104[49] ;
  assign y__h4213 =
	     ~IF_IF_start_instruction_BIT_21_3_THEN_IF_start_ETC___d104[46] ;
  assign y__h4216 = x__h4212 & y__h4219 ;
  assign y__h4219 =
	     ~IF_IF_start_instruction_BIT_21_3_THEN_IF_start_ETC___d104[45] ;
  assign y__h4539 =
	     ~IF_IF_start_instruction_BIT_21_3_THEN_IF_start_ETC___d104[42] ;
  assign y__h4542 = x__h4538 & y__h4545 ;
  assign y__h4545 =
	     ~IF_IF_start_instruction_BIT_21_3_THEN_IF_start_ETC___d104[41] ;
  assign y__h4958 =
	     ~IF_IF_start_instruction_BIT_21_3_THEN_IF_start_ETC___d104[38] ;
  assign y__h4961 = x__h4957 & y__h4964 ;
  assign y__h4964 =
	     ~IF_IF_start_instruction_BIT_21_3_THEN_IF_start_ETC___d104[37] ;
  assign y__h5284 =
	     ~IF_IF_start_instruction_BIT_21_3_THEN_IF_start_ETC___d104[34] ;
  assign y__h5287 = x__h5283 & y__h5290 ;
  assign y__h5290 =
	     ~IF_IF_start_instruction_BIT_21_3_THEN_IF_start_ETC___d104[33] ;
  assign y__h5877 =
	     ~IF_IF_start_instruction_BIT_21_3_THEN_IF_start_ETC___d104[30] ;
  assign y__h5880 = x__h5876 & y__h5883 ;
  assign y__h5883 =
	     ~IF_IF_start_instruction_BIT_21_3_THEN_IF_start_ETC___d104[29] ;
  assign y__h6203 =
	     ~IF_IF_start_instruction_BIT_21_3_THEN_IF_start_ETC___d104[26] ;
  assign y__h6206 = x__h6202 & y__h6209 ;
  assign y__h6209 =
	     ~IF_IF_start_instruction_BIT_21_3_THEN_IF_start_ETC___d104[25] ;
  assign y__h6622 =
	     ~IF_IF_start_instruction_BIT_21_3_THEN_IF_start_ETC___d104[22] ;
  assign y__h6625 = x__h6621 & y__h6628 ;
  assign y__h6628 =
	     ~IF_IF_start_instruction_BIT_21_3_THEN_IF_start_ETC___d104[21] ;
  assign y__h6948 =
	     ~IF_IF_start_instruction_BIT_21_3_THEN_IF_start_ETC___d104[18] ;
  assign y__h6951 = x__h6947 & y__h6954 ;
  assign y__h6954 =
	     ~IF_IF_start_instruction_BIT_21_3_THEN_IF_start_ETC___d104[17] ;
  assign y__h7454 =
	     ~IF_IF_start_instruction_BIT_21_3_THEN_IF_start_ETC___d104[14] ;
  assign y__h7457 = x__h7453 & y__h7460 ;
  assign y__h7460 =
	     ~IF_IF_start_instruction_BIT_21_3_THEN_IF_start_ETC___d104[13] ;
  assign y__h7780 =
	     ~IF_IF_start_instruction_BIT_21_3_THEN_IF_start_ETC___d104[10] ;
  assign y__h7783 = x__h7779 & y__h7786 ;
  assign y__h7786 =
	     ~IF_IF_start_instruction_BIT_21_3_THEN_IF_start_ETC___d104[9] ;
  assign y__h8199 =
	     ~IF_IF_start_instruction_BIT_21_3_THEN_IF_start_ETC___d104[6] ;
  assign y__h8202 = x__h8198 & y__h8205 ;
  assign y__h8205 =
	     ~IF_IF_start_instruction_BIT_21_3_THEN_IF_start_ETC___d104[5] ;
  assign y__h8525 =
	     ~IF_IF_start_instruction_BIT_21_3_THEN_IF_start_ETC___d104[2] ;
  assign y__h8528 = x__h8524 & y__h8531 ;
  assign y__h8531 =
	     ~IF_IF_start_instruction_BIT_21_3_THEN_IF_start_ETC___d104[1] ;
  always@(ff_final_out_rv)
  begin
    case (ff_final_out_rv[3:1])
      3'd0, 3'd1, 3'd2, 3'd3, 3'd4:
	  CASE_ff_final_out_rv_BITS_3_TO_1_0_ff_final_ou_ETC__q1 =
	      ff_final_out_rv[3:1];
      default: CASE_ff_final_out_rv_BITS_3_TO_1_0_ff_final_ou_ETC__q1 = 3'd5;
    endcase
  end
  always@(ff_input_stage_rv or
	  lv_inexact__h699 or
	  lv_roundup___1__h1293 or
	  lv_roundup___1__h1457 or lv_roundup___1__h1414)
  begin
    case (ff_input_stage_rv[95:93])
      3'b0:
	  IF_ff_input_stage_rv_port0__read_BITS_95_TO_93_ETC___d61 =
	      lv_roundup___1__h1293;
      3'b011:
	  IF_ff_input_stage_rv_port0__read_BITS_95_TO_93_ETC___d61 =
	      lv_roundup___1__h1457;
      3'b100:
	  IF_ff_input_stage_rv_port0__read_BITS_95_TO_93_ETC___d61 =
	      lv_roundup___1__h1414;
      default: IF_ff_input_stage_rv_port0__read_BITS_95_TO_93_ETC___d61 =
		   ff_input_stage_rv[95:93] == 3'b010 &&
		   lv_inexact__h699 & ff_input_stage_rv[82];
    endcase
  end

  // handling of inlined registers

  always@(posedge CLK)
  begin
    if (RST_N == `BSV_RESET_VALUE)
      begin
        ff_final_out_rv <= `BSV_ASSIGNMENT_DELAY
	    106'h0AAAAAAAAAAAAAAAAAAAAAAAAAA;
	ff_input_stage_rv <= `BSV_ASSIGNMENT_DELAY
	    158'h0AAAAAAAAAAAAAAAAAAAAAAAAAAAAAAAAAAAAAAA;
      end
    else
      begin
        if (ff_final_out_rv$EN)
	  ff_final_out_rv <= `BSV_ASSIGNMENT_DELAY ff_final_out_rv$D_IN;
	if (ff_input_stage_rv$EN)
	  ff_input_stage_rv <= `BSV_ASSIGNMENT_DELAY ff_input_stage_rv$D_IN;
      end
  end

  // synopsys translate_off
  `ifdef BSV_NO_INITIAL_BLOCKS
  `else // not BSV_NO_INITIAL_BLOCKS
  initial
  begin
    ff_final_out_rv = 106'h2AAAAAAAAAAAAAAAAAAAAAAAAAA;
    ff_input_stage_rv = 158'h2AAAAAAAAAAAAAAAAAAAAAAAAAAAAAAAAAAAAAAA;
  end
  `endif // BSV_NO_INITIAL_BLOCKS
  // synopsys translate_on

  // handling of system tasks

  // synopsys translate_off
  always@(negedge CLK)
  begin
    #0;
    if (RST_N != `BSV_RESET_VALUE)
      if (EN__start) $display("start %h", _start_inp_int);
  end
  // synopsys translate_on
endmodule  // mkfpu_int_to_fp